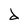
Character: d